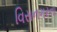
વિસનગરના